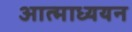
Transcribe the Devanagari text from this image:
आत्माध्ययन